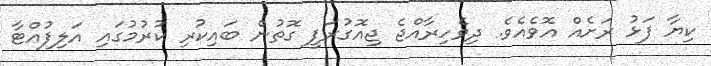
ކިޔާ ފަޅު ރަށެއް އޮވެއެވެ. ދިވެހިރާއްޖެ ޖިއޮގުރަފީ ގޮތުން ބައިކުރި ކުރުމުގައި އަލިފުއްޓާ